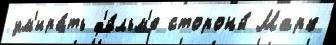
ум'ира́ть ф'и́льм'е стороны́ Марк